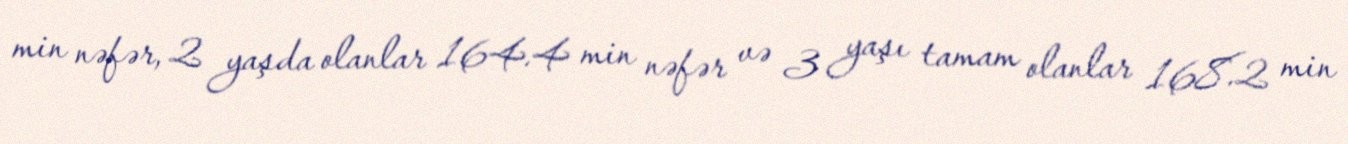
min nəfər, 2 yaşda olanlar 164.4 min nəfər və 3 yaşı tamam olanlar 168.2 min